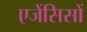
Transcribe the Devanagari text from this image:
एजेंसिसों